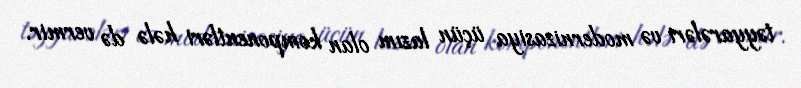
təyyarələri və modernizasiya üçün lazım olan komponentləri hələ də vermir.